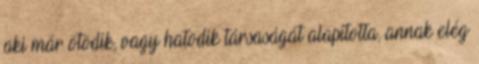
aki már ötödik, vagy hatodik társaságát alapította, annak elég